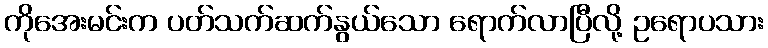
ကိုအေးမင်းက ပတ်သက်ဆက်နွယ်သော ရောက်လာပြီလို့ ဥရောပသား